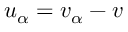
u _ { \alpha } = v _ { \alpha } - v